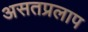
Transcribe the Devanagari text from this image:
असतप्रलाप